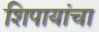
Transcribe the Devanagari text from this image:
शिपायांचा